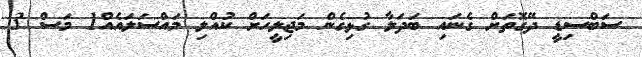
ސަބްސިޑީ ދޭގޮތަށް ގެނައި ބަދަލާ ގުޅިގެން މަޖިލީހަށް ކުއްލި މައްސަލައެއް1 މަސް 3